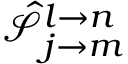
{ \hat { \mathcal { S } } } _ { j \rightarrow m } ^ { l \rightarrow n }